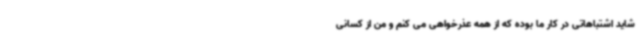
شاید اشتباهاتی در کار ما بوده که از همه عذرخواهی می کنم و من از کسانی